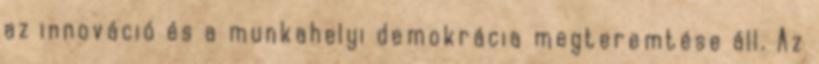
az innováció és a munkahelyi demokrácia megteremtése áll. Az